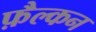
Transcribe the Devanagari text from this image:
फ़ैल्कन